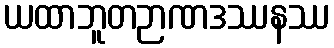
ယထာဘူတဉာဏဒဿနဿ